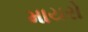
માયરો